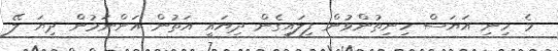
މެ ހިނި އަޔަސް ހިނިތުންވުން ފިލައިގެން ދިޔައީ އަތުން އަންނަމުން ދިޔަ ލޭ